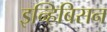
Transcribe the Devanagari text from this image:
इन्हिबिसन